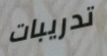
تدريبات